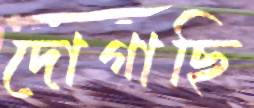
দোগাছি